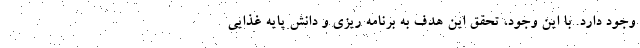
وجود دارد. با این وجود، تحقق این هدف به برنامه ریزی و دانش پایه غذایی